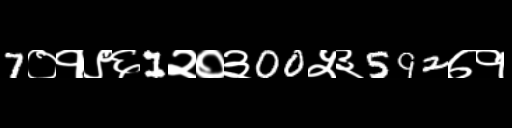
Text: 7०१९६1२०३00५३592७१